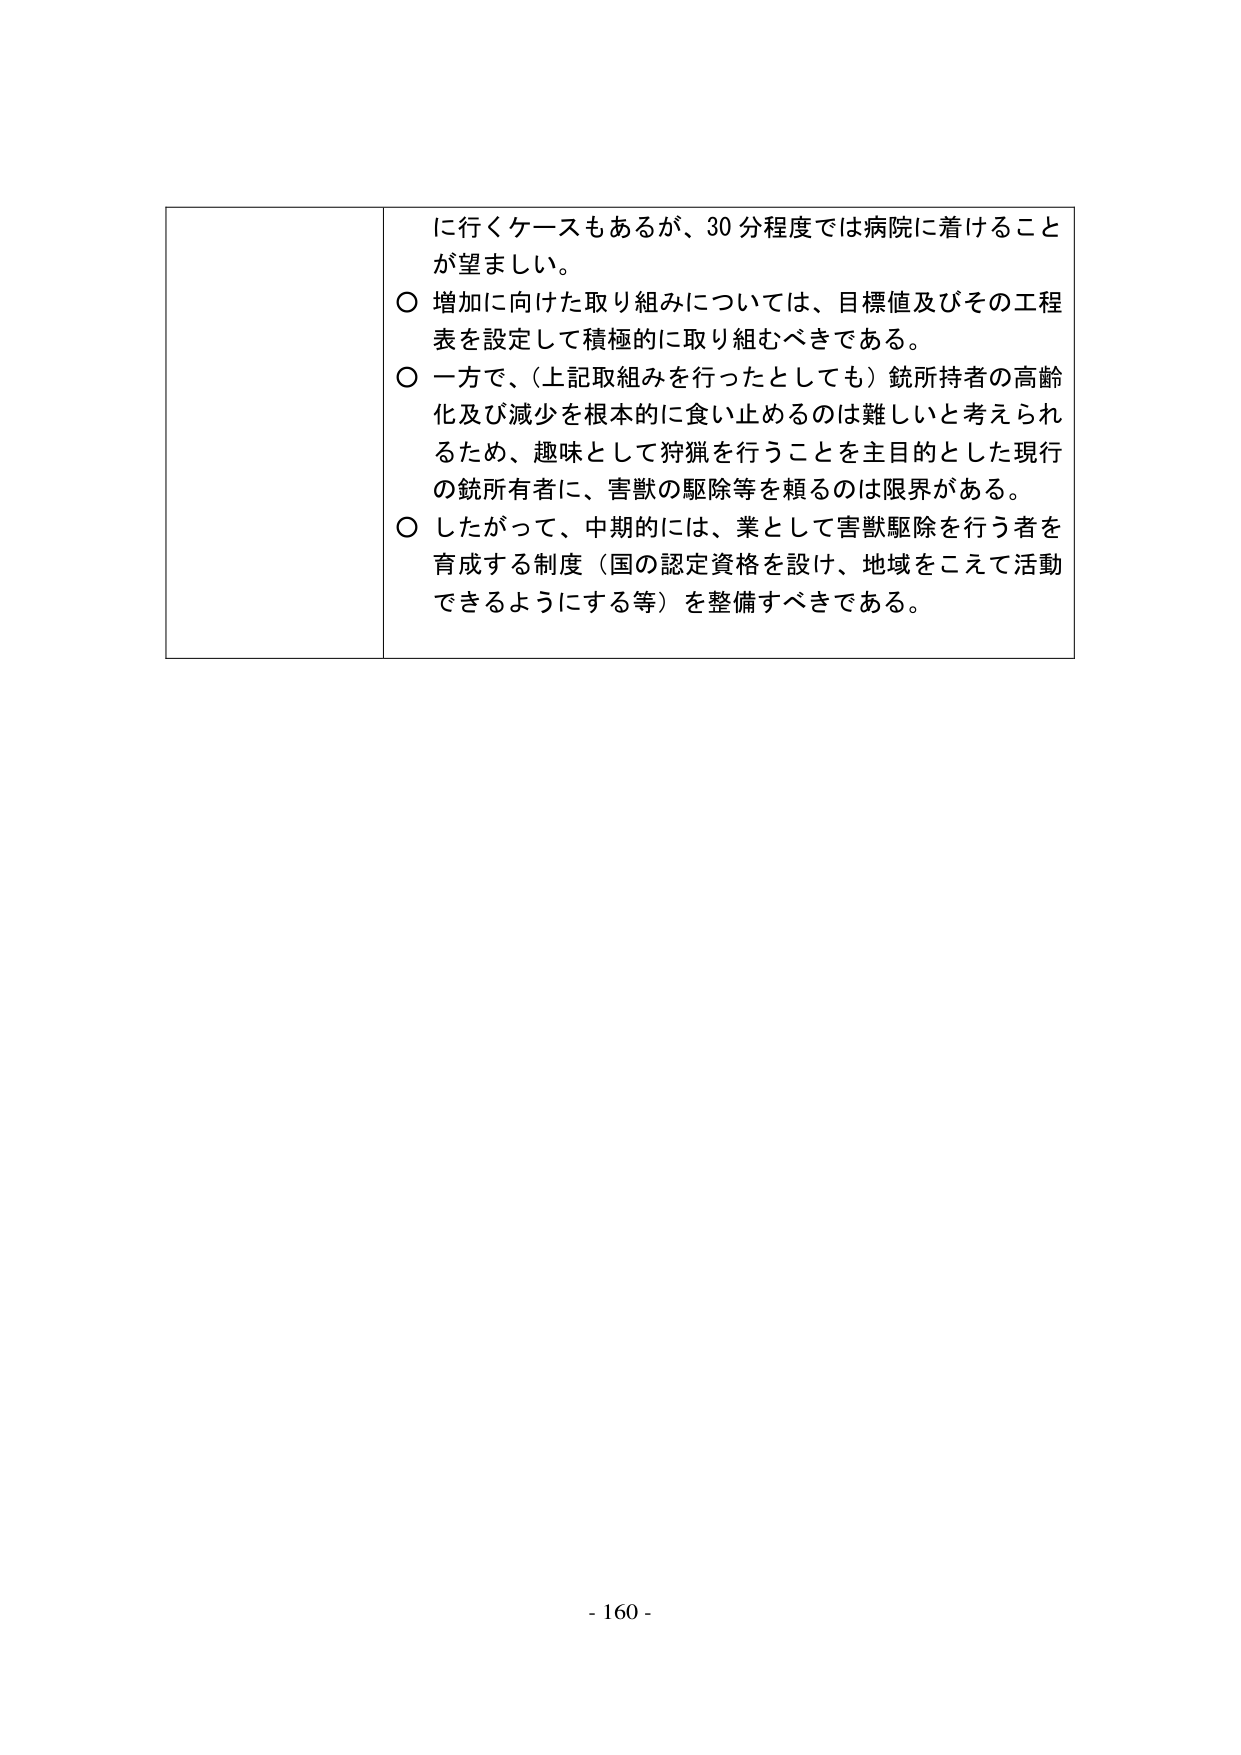
に行くケースもあるが、30分程度では病院に着けることが望ましい。
○ 増加に向けた取り組みについては、目標値及びその工程表を設定して積極的に取り組むべきである。
○ 一方で、（上記取組みを行ったとしても）銃所持者の高齢化及び減少を根本的に食い止めるのは難しいと考えられるため、趣味として狩猟を行うことを主目的とした現行の銃所有者に、害獣の駆除等を頼るのは限界がある。
○ したがって、中期的には、業として害獣駆除を行う者を育成する制度（国の認定資格を設け、地域をこえて活動できるようにする等）を整備すべきである。
- 160 -